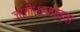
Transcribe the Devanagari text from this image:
जातीधर्मांच्या